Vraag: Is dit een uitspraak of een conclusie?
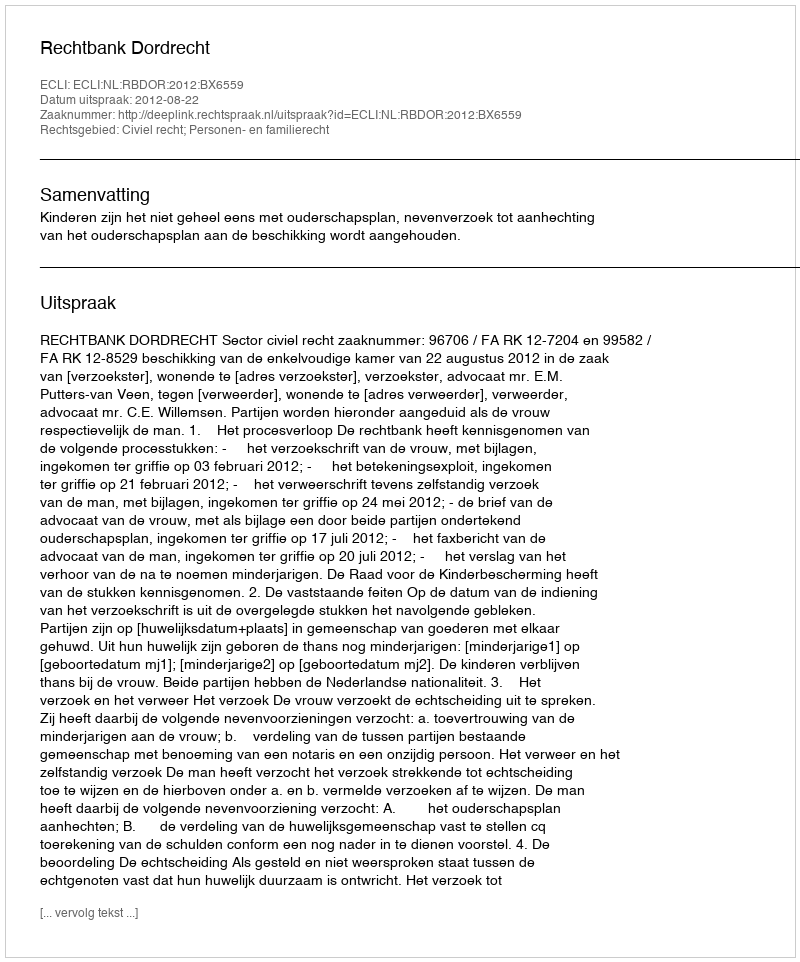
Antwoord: Uitspraak